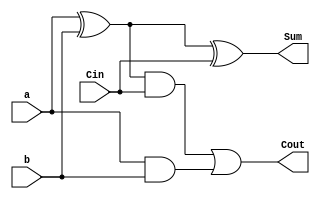
`timescale 1ns / 1ps
//////////////////////////////////////////////////////////////////////////////////
// Module Name: fulladder
// Revision 0.01 - File Created
//////////////////////////////////////////////////////////////////////////////////
module fulladder(
    output Sum, Cout,
    input a, b, Cin
    );
    
    assign Sum = a^b^Cin;
    assign Cout = (a^b)&Cin | a&b;
    
endmodule